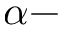
\alpha -